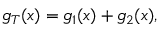
g _ { T } ( x ) = g _ { 1 } ( x ) + g _ { 2 } ( x ) ,